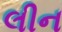
લીન